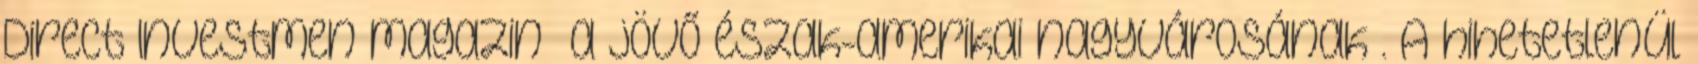
Direct Investmen magazin „a jövő észak-amerikai nagyvárosának”. A hihetetlenül